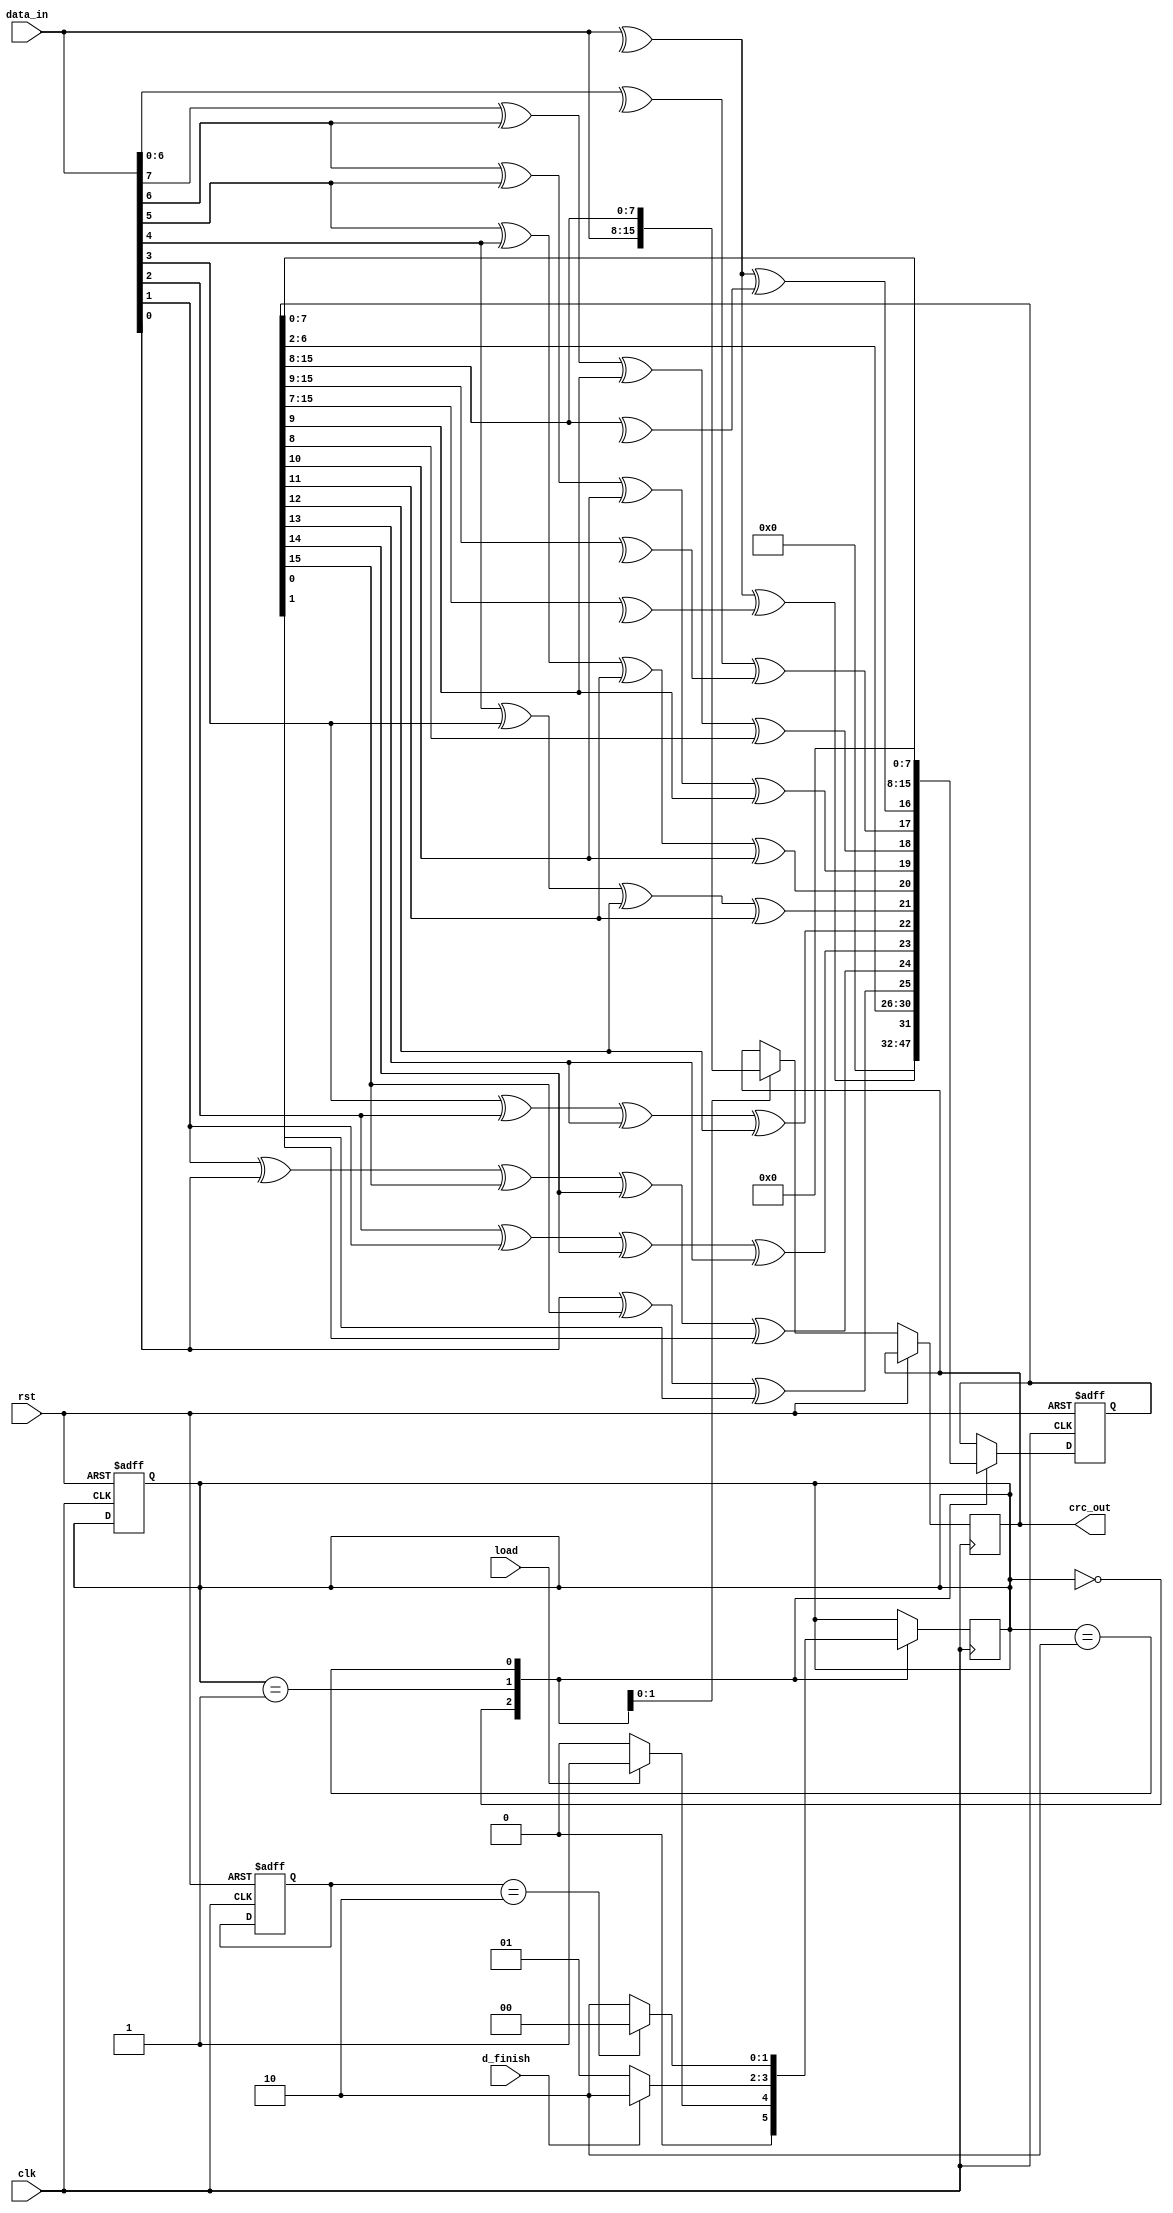
`timescale 1ns / 1ps

module crc_parallel (
    input clk, rst, load, d_finish,
    input [7:0] data_in,
    output reg [7:0] crc_out
);

    reg [15:0] crc_register;
    reg [1:0] counter;
    reg [1:0] current_state;
    wire [15:0] next_crc_register;

    parameter IDLE_STATE = 2'b00;
    parameter COMPUTE_STATE = 2'b01;
    parameter FINISH_STATE = 2'b10;

    assign next_crc_register[0] = (^data_in[7:0]) ^ (^crc_register[15:8]);
    assign next_crc_register[1] = (^data_in[6:0]) ^ (^crc_register[15:9]);
    assign next_crc_register[2] = data_in[7] ^ data_in[6] ^ crc_register[9] ^ crc_register[8];
    assign next_crc_register[3] = data_in[6] ^ data_in[5] ^ crc_register[10] ^ crc_register[9];
    assign next_crc_register[4] = data_in[5] ^ data_in[4] ^ crc_register[11] ^ crc_register[10];
    assign next_crc_register[5] = data_in[4] ^ data_in[3] ^ crc_register[12] ^ crc_register[11];
    assign next_crc_register[6] = data_in[3] ^ data_in[2] ^ crc_register[13] ^ crc_register[12];
    assign next_crc_register[7] = data_in[2] ^ data_in[1] ^ crc_register[14] ^ crc_register[13];
    assign next_crc_register[8] = data_in[1] ^ data_in[0] ^ crc_register[15] ^ crc_register[14] ^ crc_register[0];
    assign next_crc_register[9] = data_in[0] ^ crc_register[15] ^ crc_register[1];
    assign next_crc_register[14:10] = crc_register[6:2];
    assign next_crc_register[15] = (^data_in[7:0]) ^ (^crc_register[15:7]);

    always @(posedge clk) begin
        case (current_state)
            IDLE_STATE: begin
                if (load) 
                    current_state <= COMPUTE_STATE;
                else 
                    current_state <= IDLE_STATE;
            end
            COMPUTE_STATE: begin
                if (d_finish) 
                    current_state <= FINISH_STATE;
                else 
                    current_state <= COMPUTE_STATE;
            end
            FINISH_STATE: begin
                if (counter == 2) 
                    current_state <= IDLE_STATE;
                else 
                    current_state <= FINISH_STATE;
            end
        endcase
    end

    always @(posedge clk or posedge rst) begin
        if (rst) begin
            crc_register[15:0] <= 16'b0;
            current_state <= IDLE_STATE;
            counter <= 2'b0;
        end else begin
            case (current_state)
                IDLE_STATE: begin
                    crc_register[15:0] <= 16'b0;
                end
                COMPUTE_STATE: begin
                    crc_register[15:0] <= next_crc_register[15:0];
                    crc_out[7:0] <= data_in[7:0];
                end
                FINISH_STATE: begin
                    crc_register[15:0] <= {crc_register[7:0], 8'b0};
                    crc_out[7:0] <= crc_register[15:8];
                end
            endcase
        end
    end
endmodule